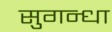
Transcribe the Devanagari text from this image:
सुगन्धा